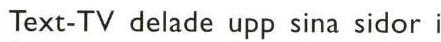
Text-TV delade upp sina sidor i